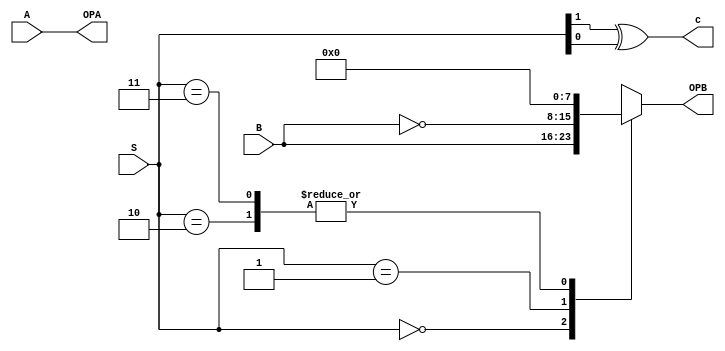
module ALUEXT (
    input [7:0] A, //8 bit input
    input [7:0] B, //8 bit input
    input [1:0] S, // 2 bit input to transform 
    output [7:0] OPA,
    output reg [7:0] OPB,
    output c //Carry In
);
    always @(*) begin
        case (S)
            2'b00 : OPB = B;
            2'b01 : OPB = ~B; // Bitwise B
            2'b10 : OPB = 0;
            2'b11 : OPB = 0;
            default : OPB = B;
        endcase
    end

    assign OPA = A;
    assign c = S[1] ^ S[0]; // Y XOR Z to generate the +1 condition adder


endmodule